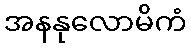
အနနုလောမိကံ